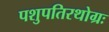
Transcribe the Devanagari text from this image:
पशुपतिरथोग्रः